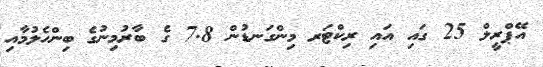
އޭޕްރީލް 25 ގައި އައި ރިކްޓަރ މިންގަނޑުން 7.8 ގެ ބާރުމިނުގެ ބިންހެލުމާއި